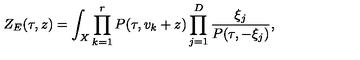
Z _ { E } ( \tau , z ) = \int _ { X } \prod _ { k = 1 } ^ { r } P ( \tau , v _ { k } + z ) \prod _ { j = 1 } ^ { D } \frac { \xi _ { j } } { P ( \tau , - \xi _ { j } ) } ,